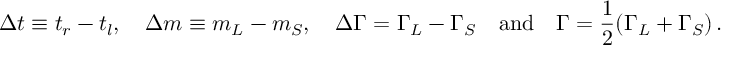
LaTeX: \Delta t \equiv t _ { r } - t _ { l } , \quad \Delta m \equiv m _ { L } - m _ { S } , \quad \Delta \Gamma = \Gamma _ { L } - \Gamma _ { S } \quad \mathrm { a n d } \quad \Gamma = \frac { 1 } { 2 } ( \Gamma _ { L } + \Gamma _ { S } ) \, .